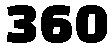
360